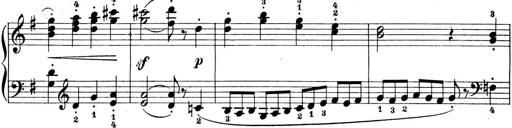
Title: Preis-Sonatine
Composer: Ernst James Bremner